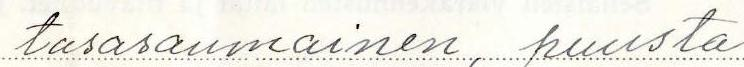
tasasaumainen, puusta